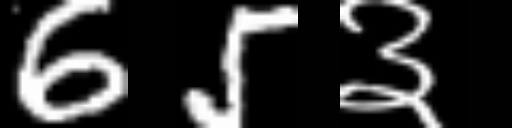
Text: 65३